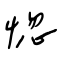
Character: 惚